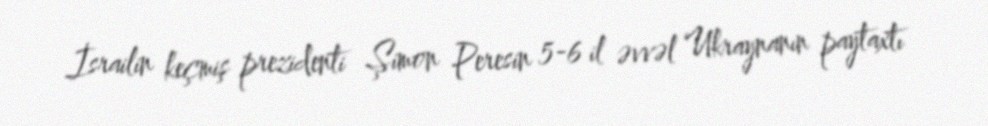
İsrailin keçmiş prezidenti Şimon Peresin 5-6 il əvvəl Ukraynanın paytaxtı